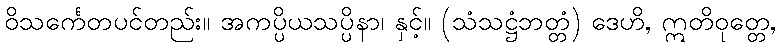
ဝိသင်္ကေတပင်တည်း။ အကပ္ပိယသပ္ပိနာ၊ နှင့်။ (သံသဋ္ဌံဘတ္တံ) ဒေဟိ, ဣတိဝုတ္တေ,